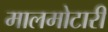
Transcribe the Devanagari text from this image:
मालमोटारी